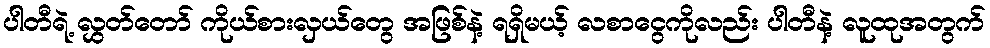
ပါတီရဲ့ လွှတ်တော် ကိုယ်စားလှယ်တွေ အဖြစ်နဲ့ ရရှိမယ့် လစာငွေကိုလည်း ပါတီနဲ့ လူထုအတွက်